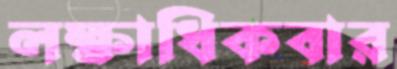
লক্ষাধিকবার